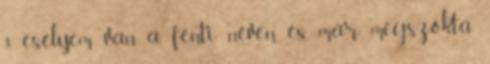
3 esélyem van a fenti néven. és már megszokta